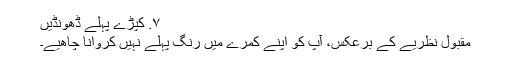
۷. کپڑے پہلے ڈھونڈیں
مقبول نظریے کے برعکس، آپ کو اپنے کمرے میں رنگ پہلے نہیں کروانا چاھیے۔